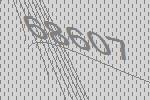
68607